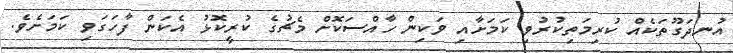
އުނދަގޫތަކެއް ކުރިމަތިކުރުވި ކަމަށާއި ވަކިން ހާއްސަކޮށް މެޗުގެ ކުރީކޮޅު އެކަން ފާހަގަވި ކަމަށެވެ.